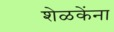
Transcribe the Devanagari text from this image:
शेळकेंना